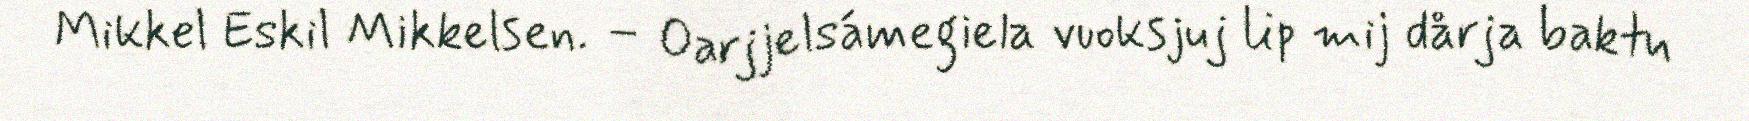
Mikkel Eskil Mikkelsen. – Oarjjelsámegiela vuoksjuj lip mij dårja baktu